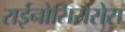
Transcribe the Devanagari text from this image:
राईनोसिरोसेस